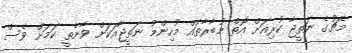
މެޗުގެ ނަތީޖާ ކުރިއަށް އޮތް މުބާރާތައް މުހިންމު ނަތީޖާއަކަށް ވާނެތީ ކަމަށް ވެސް